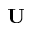
\mathbf { U }